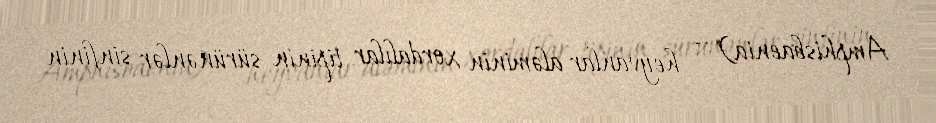
Amphisbaenia) — heyvanlar aləminin xordalılar tipinin sürünənlər sinfinin